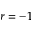
r = - 1